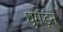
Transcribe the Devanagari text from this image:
घुमड़न